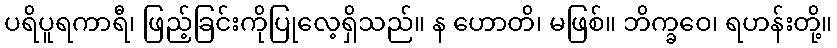
ပရိပူရကာရီ၊ ဖြည့်ခြင်းကိုပြုလေ့ရှိသည်။ န ဟောတိ၊ မဖြစ်။ ဘိက္ခဝေ၊ ရဟန်းတို့။